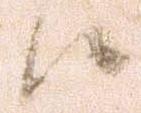
候